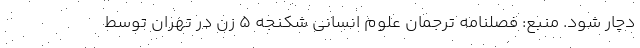
دچار شود. منبع: فصلنامه ترجمان علوم انسانی شکنجه 5 زن در تهران توسط